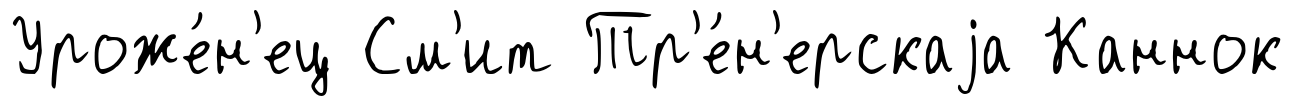
Уроже́н'ец См'ит Тр'е́н'ерскаjа Каннок